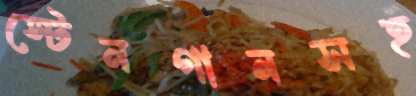
স্টেনগানসহ